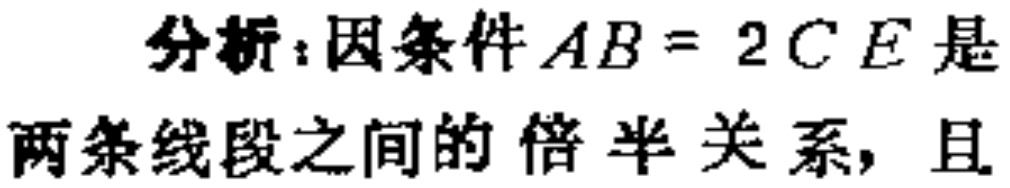
分析：因条件\(AB = 2CE\)是两条线段之间的倍半关系，且